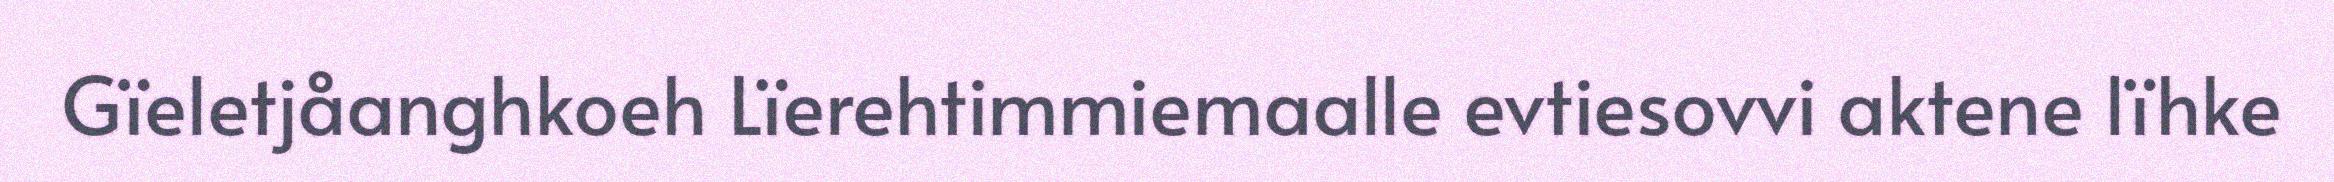
Gïeletjåanghkoeh Lïerehtimmiemaalle evtiesovvi aktene lïhke